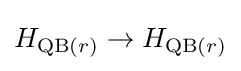
H_{\operatorname {QB} (r)}\rightarrow H_{\operatorname {QB} (r)}